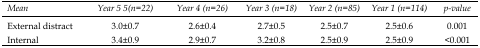
<table><thead><tr><td><b><i>Mean</i></b></td><td><b><i>Year 5 5(n=22)</i></b></td><td><b><i>Year 4 (n=26)</i></b></td><td><b><i>Year 3 (n=18)</i></b></td><td><b><i>Year 2 (n=85)</i></b></td><td><b><i>Year 1 (n=114)</i></b></td><td><b><i>p-value</i></b></td></tr></thead><tbody><tr><td>External distract</td><td>3.0±0.7</td><td>2.6±0.4</td><td>2.7±0.5</td><td>2.5±0.7</td><td>2.5±0.6</td><td>0.001</td></tr><tr><td>Internal</td><td>3.4±0.9</td><td>2.9±0.7</td><td>3.2±0.8</td><td>2.5±0.9</td><td>2.5±0.9</td><td>&lt;0.001</td></tr></tbody></table>